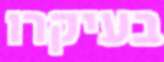
בעיקרו